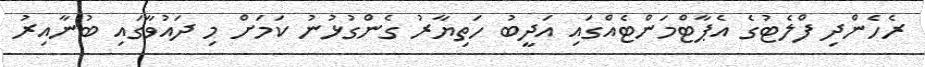
ރެހެންދި ފްލެޓުގެ އެޕާޓްމަންޓެއްގައި އަދީބު ހަތިޔާރު ގެންގުޅުނު ކަމަށް މި ދައުވާގައި ބުނާއިރު